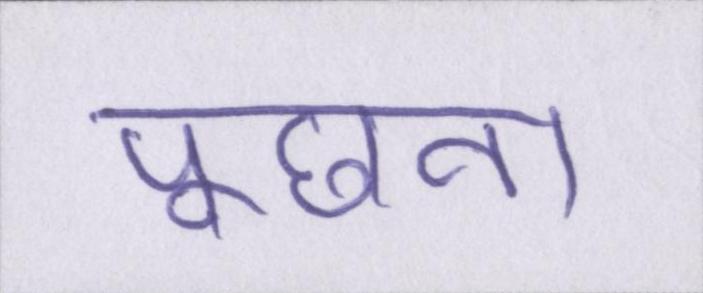
पूछना